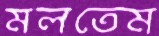
মলতেম